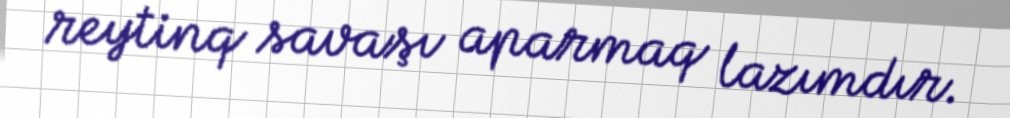
reytinq savaşı aparmaq lazımdır.